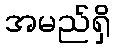
အမည်ရှိ